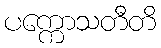
ပက္ကောသတီတိ